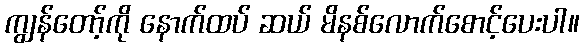
ကျွန်တော့်ကို နောက်ထပ် ဆယ် မိနစ်လောက်စောင့်ပေးပါ။